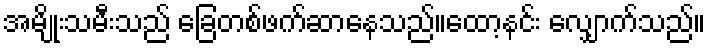
အမျိုးသမီးသည် ခြေတစ်ဖက်ဆာနေသည်။ထော့နင်း လျှောက်သည်။